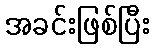
အခင်းဖြစ်ပြီး